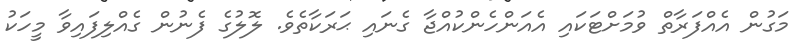
މަގުން އެއްފަރާތް ވުމަށްޓަކައި އެއަންހެންކުއްޖާ ގެނައި ޙަރަކާތެވެ. ލޮލުގެ ފެނުން ގެއްލިފައިވާ މީހަކު